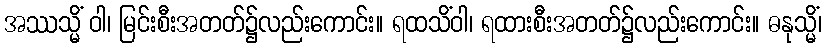
အဿသ္မိံ ဝါ၊ မြင်းစီးအတတ်၌လည်းကောင်း။ ရထသိံဝါ၊ ရထားစီးအတတ်၌လည်းကောင်း။ ဓနုသ္မိံ၊